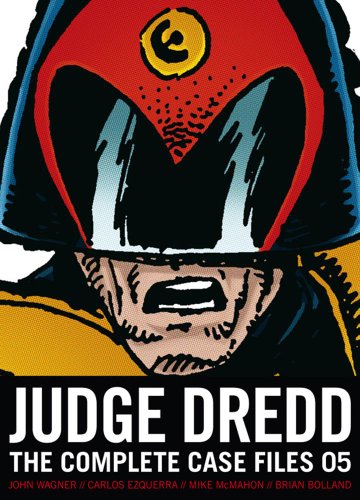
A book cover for Judge Dredd: Complete Case Files 05; John Wagner; Comics & Graphic Novels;